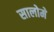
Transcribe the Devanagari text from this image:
सालोमे